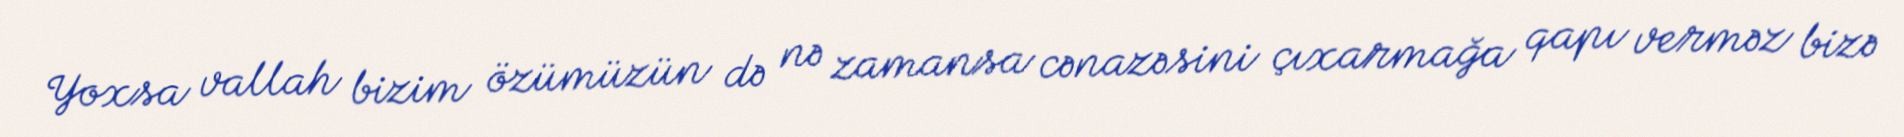
Yoxsa vallah bizim özümüzün də nə zamansa cənazəsini çıxarmağa qapı verməz bizə